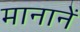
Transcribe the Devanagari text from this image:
मानानें